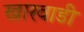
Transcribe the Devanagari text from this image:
खारवाडी